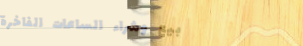
بيع وشراء الساعات الفاخرة